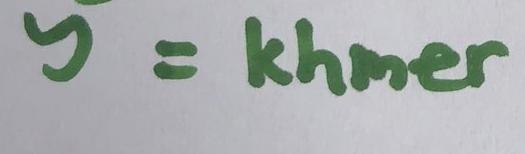
y = khmer